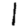
Digit: 1